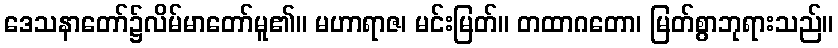
ဒေသနာတော်၌လိမ်မာတော်မူ၏။ မဟာရာဇ၊ မင်းမြတ်။ တထာဂတော၊ မြတ်စွာဘုရားသည်။